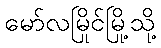
မော်လမြိုင်မြို့သို့